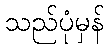
သည်ပုံမှန်